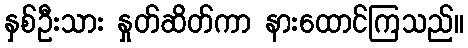
နှစ်ဦးသား နှုတ်ဆိတ်ကာ နားထောင်ကြသည်။